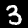
Digit: 3